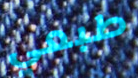
طبعي